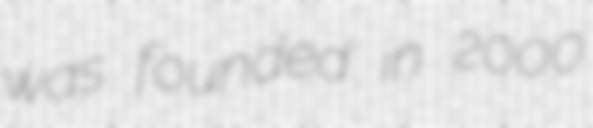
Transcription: was founded in 2000